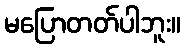
မပြောတတ်ပါဘူး။